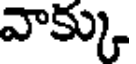
వాక్కు